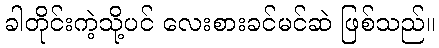
ခါတိုင်းကဲ့သို့ပင် လေးစားခင်မင်ဆဲ ဖြစ်သည်။